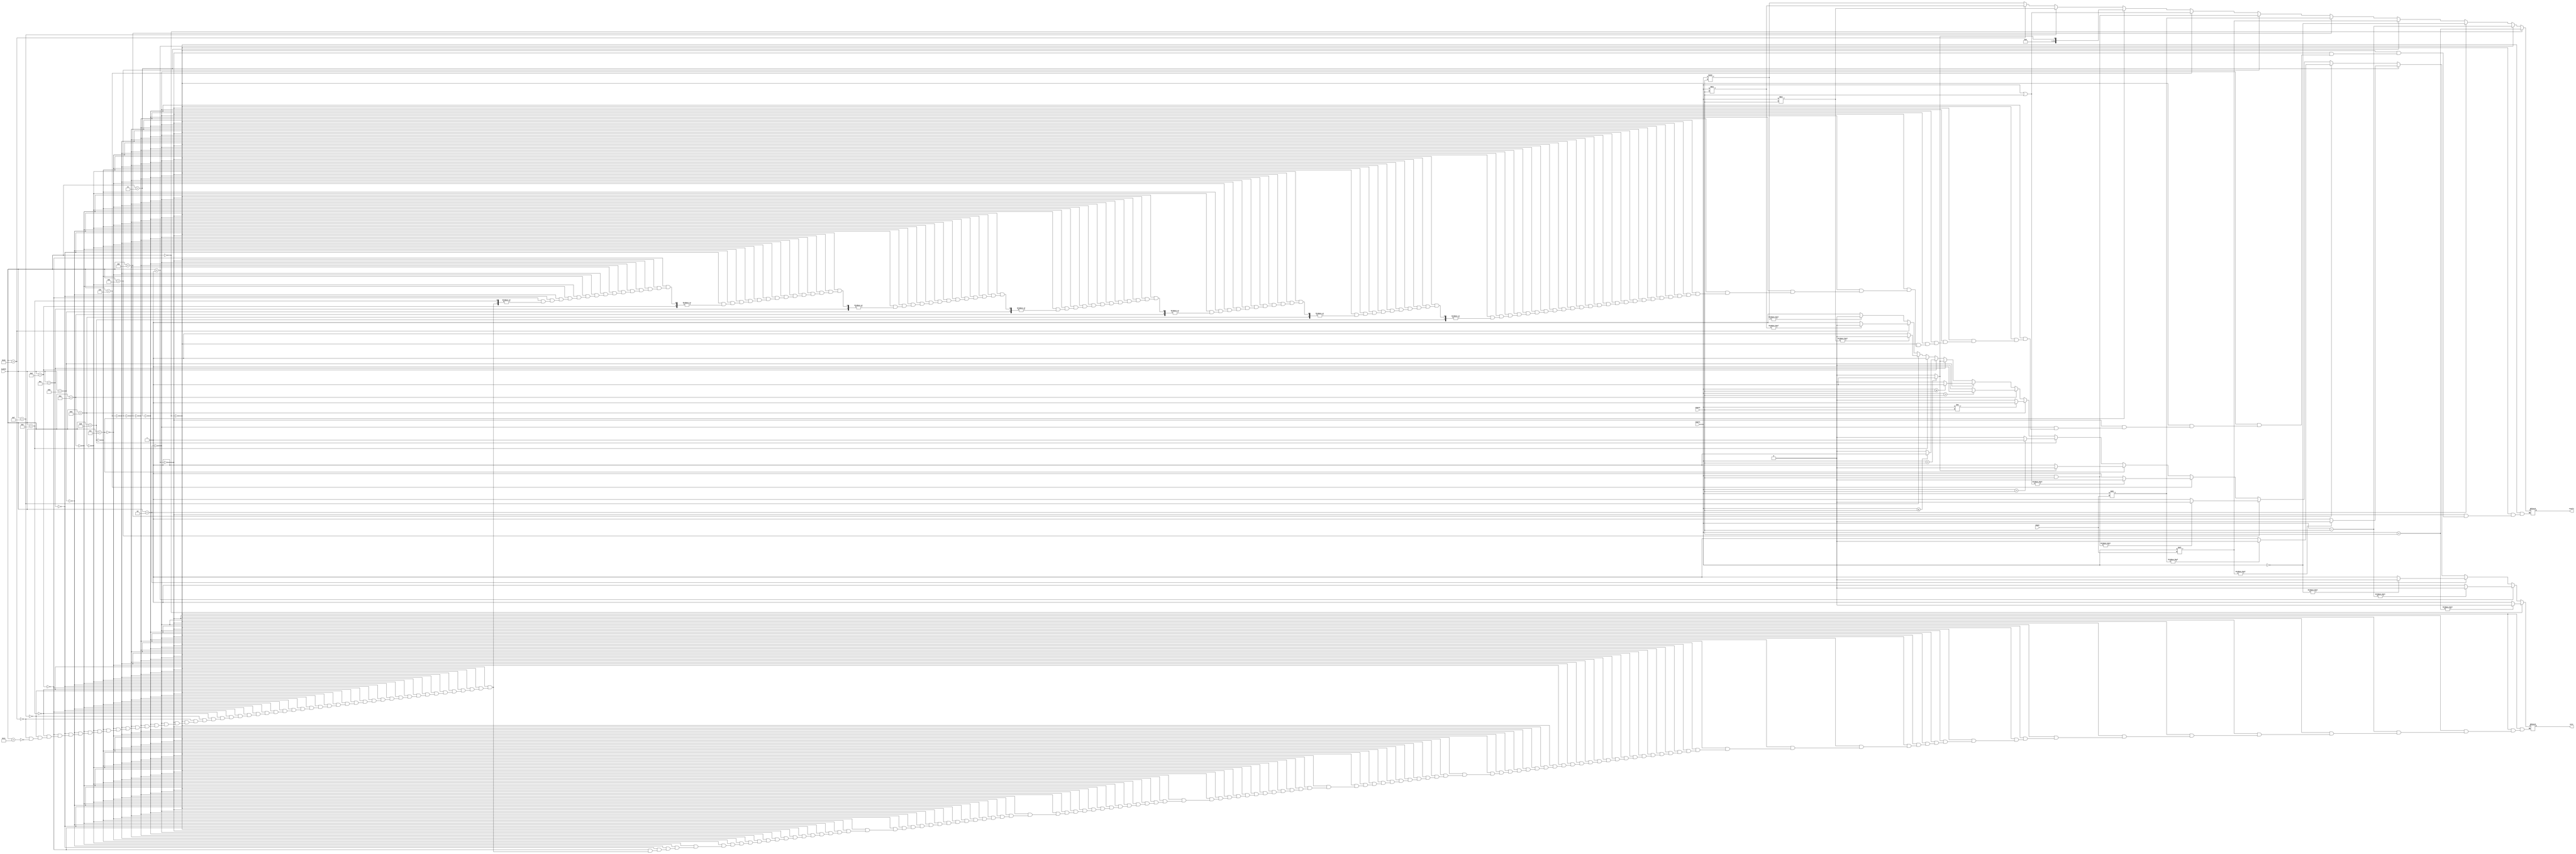
`timescale 1ns / 1ps
//////////////////////////////////////////////////////////////////////////////////
// Company: 
// Engineer: 
// 
// Design Name: 
// Module Name:    ALU 
// Project Name: 
// Target Devices: 
// Tool versions: 
// Description: 
//
// Dependencies: 
//
// Revision: 
// Revision 0.01 - File Created
// Additional Comments: 
//
//////////////////////////////////////////////////////////////////////////////////
module ALU(
    input wire [4:0] ALUCnt,
    input wire [31:0] input1,
    input wire [31:0] input2,
    input [4:0] shamt,
    output reg [31:0] result,
    output reg zero
    );
initial begin
	result = 0;
	zero = 1;
end
	 
always @(*) begin
	if(ALUCnt == 0) begin
		result = input1 + input2;
		zero = result? 0:1;
	end
	else if(ALUCnt == 1) begin
		result = input1 - input2;
		zero = result? 0:1;
	end
	else if(ALUCnt == 2) begin
		result = ~input1;
		zero = result? 0:1;
	end
	else if(ALUCnt == 3) begin
		result = input1 << shamt;
		zero = result? 0:1;
	end
	else if(ALUCnt == 4) begin
		result = input1 >> shamt;
		zero = result? 0:1;
	end
	else if(ALUCnt == 5) begin
		result = input1 & input2;
		zero = result? 0:1;
	end
	else if(ALUCnt == 6) begin
		result = input1 | input2;
		zero = result? 0:1;
	end
	else if(ALUCnt == 7) begin
		result = (input1 < input2)? 1: 0;
		zero = result? 0:1;
	end

	//------------------------------------------------
	else if(ALUCnt == 8) begin // beq
		zero = (input1 == input2)? 1: 0;
	end
	else if(ALUCnt == 9) begin // bne
		zero = (input1 != input2)? 1: 0;
	end
	else if(ALUCnt == 10) begin // bgt
		zero = (input1 > input2)? 1: 0;
	end
	else if(ALUCnt == 11) begin // bge
		zero = (input1 >= input2)? 1: 0;
	end
	else if(ALUCnt == 12) begin // blt
		zero = (input1 < input2)? 1: 0;
	end
	else if(ALUCnt == 13) begin // ble
		zero = (input1 <= input2)? 1: 0;
	end
	//------------------------------------------------	
	else if(ALUCnt == 14) begin // jump
		//result = inpu1 + input2;
		zero = 1;
	end
	//------------------------------------------------
	else if(ALUCnt == 15) begin // imul
		result = input1 * input2;
		zero = result? 0:1;
	end
	//------------------------------------------------
	else if(ALUCnt == 16) begin // divi
		result = input1 / input2;
		zero = result? 0:1;
	end
	//------------------------------------------------
	else if(ALUCnt == 17) begin // sra
		result = input1 >>> input2;
		zero = result? 0:1;
	end
	//------------------------------------------------

end

endmodule